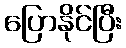
ပြောနိုင်ပြီး